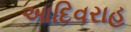
આદિવરાહ